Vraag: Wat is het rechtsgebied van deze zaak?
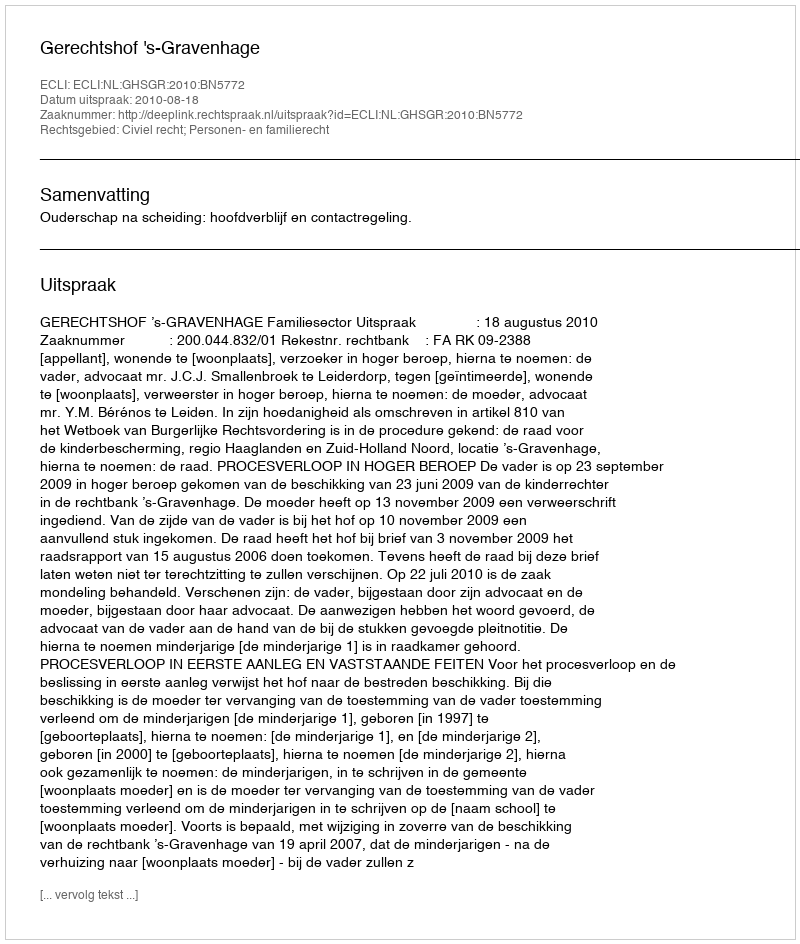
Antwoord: Civiel recht; Personen- en familierecht